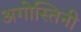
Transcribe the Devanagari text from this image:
अगोस्तिनी